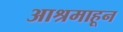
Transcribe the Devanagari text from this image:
आश्रमाहून